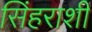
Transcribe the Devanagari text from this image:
सिंहराशी